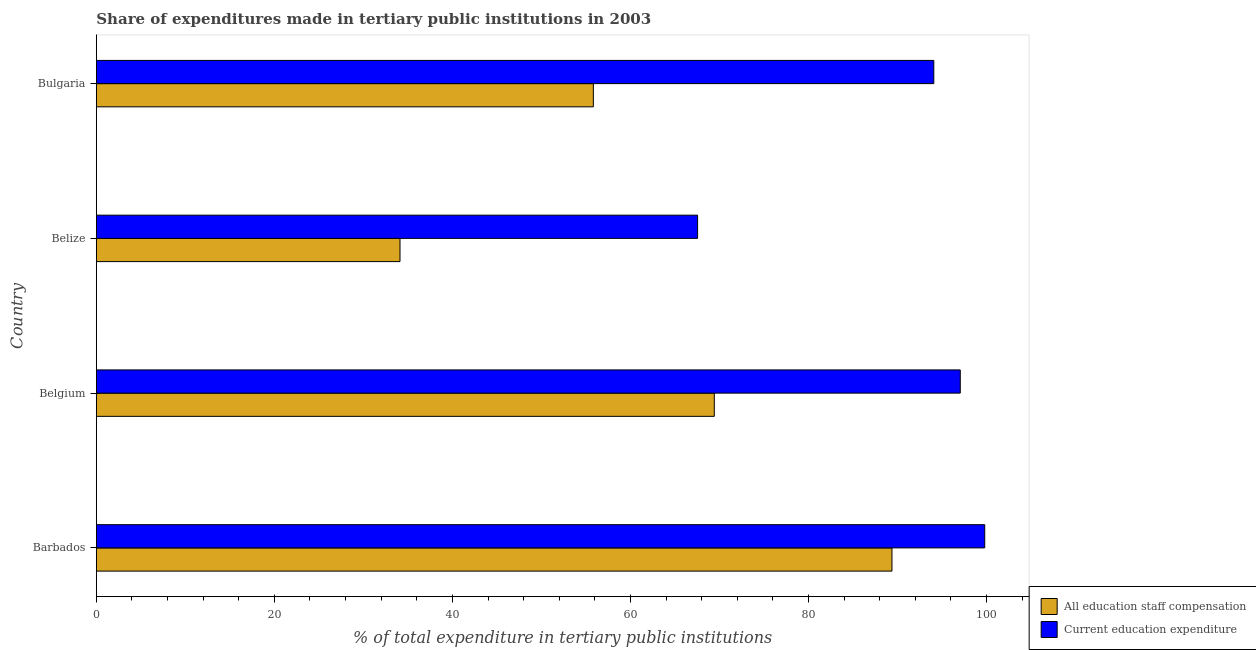
| Country | All education staff compensation | Current education expenditure |
 | --- | --- | --- |
 | Barbados | 89.4 | 99.8 |
 | Belgium | 69.4 | 97.1 |
 | Belize | 34.1 | 67.5 |
 | Bulgaria | 55.8 | 94.1 |